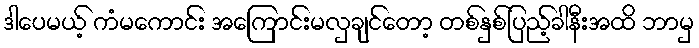
ဒါပေမယ့် ကံမကောင်း အကြောင်းမလှချင်တော့ တစ်နှစ်ပြည့်ခါနီးအထိ ဘာမှ